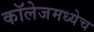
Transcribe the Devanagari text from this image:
कॉलेजमध्येच